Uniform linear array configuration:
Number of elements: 8
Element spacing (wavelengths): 0.25
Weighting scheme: blackman
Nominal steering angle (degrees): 60
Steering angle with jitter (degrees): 60.589
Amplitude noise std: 0.05
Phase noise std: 0.05

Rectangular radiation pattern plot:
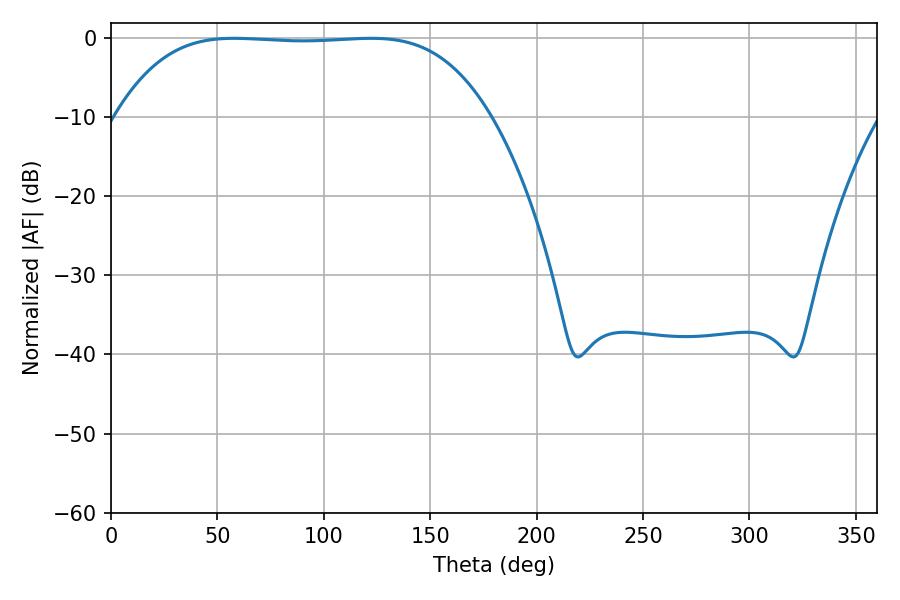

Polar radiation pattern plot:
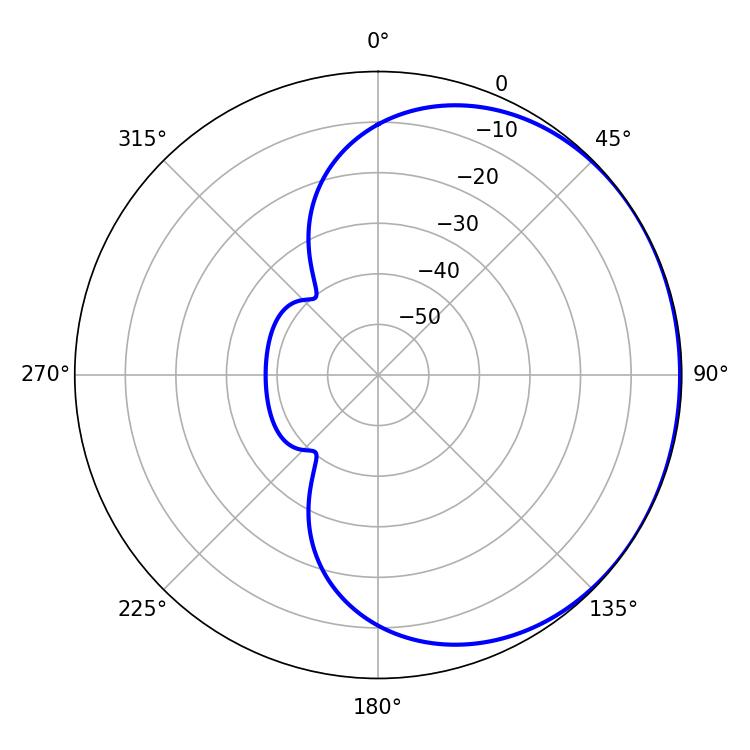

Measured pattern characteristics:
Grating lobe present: FALSE
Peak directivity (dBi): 0.5783
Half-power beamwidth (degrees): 135.36
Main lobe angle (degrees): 57.78